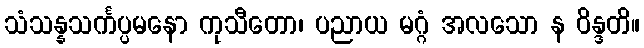
သံသန္နသင်္ကပ္ပမနော ကုသီတော၊ ပညာယ မဂ္ဂံ အလသော န ဝိန္ဒတိ။